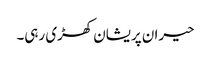
حیران پریشان کھڑی رہی۔